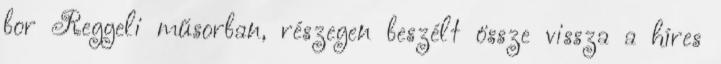
bor Reggeli műsorban, részegen beszélt össze vissza a híres